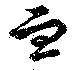
血